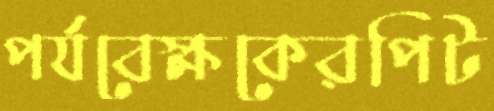
পর্যবেক্ষকেরপিট